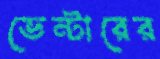
ভেন্টারের